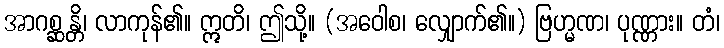
အာဂစ္ဆန္တိ၊ လာကုန်၏။ ဣတိ၊ ဤသို့။ (အဝေါစ၊ လျှောက်၏။) ဗြဟ္မဏ၊ ပုဏ္ဏား။ တံ၊